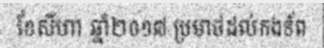
ខែសីហា ឆ្នាំ២០១៧ ប្រមាថដល់កងទ័ព